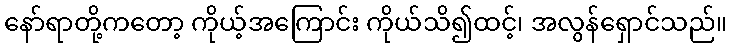
နော်ရာတို့ကတော့ ကိုယ့်အကြောင်း ကိုယ်သိ၍ထင့်၊ အလွန်ရှောင်သည်။